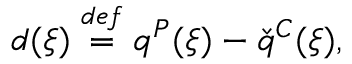
d ( \xi ) \overset { d e f } { = } q ^ { P } ( \xi ) - \check { q } ^ { C } ( \xi ) ,